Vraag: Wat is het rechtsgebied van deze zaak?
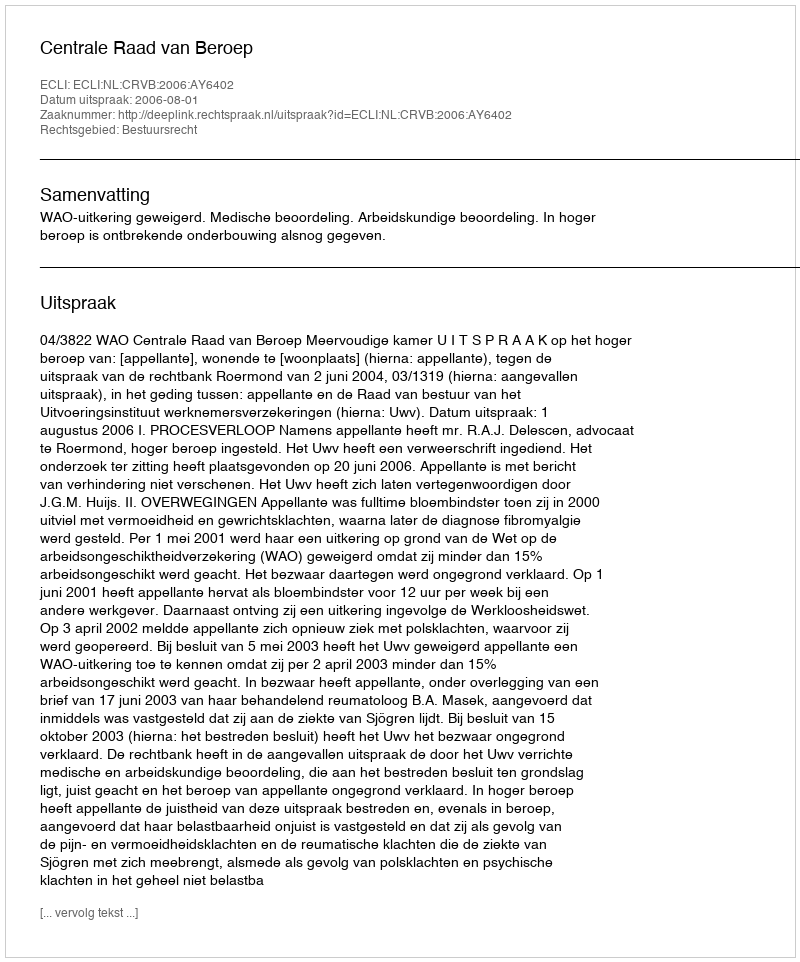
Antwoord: Bestuursrecht